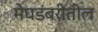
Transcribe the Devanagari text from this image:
मेघडंबरीतील